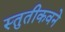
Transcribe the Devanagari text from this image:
स्तुतीकवने